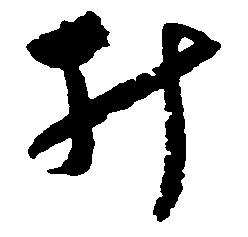
み